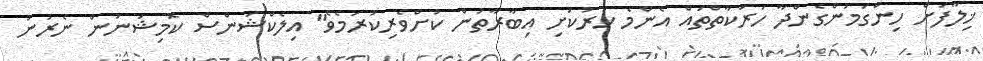
ޚިލާފަށް ހިންގަމުންގެންދާ ހަރަކާތްތައް އެންމެ ހަރުކަށި އިބާރާތުން ކުށްވެރިކުރަމެވެ" އިލެކްޝަންސް ކޮމިޝަނުން ނެރުނު